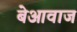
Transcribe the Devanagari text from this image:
बेआवाज